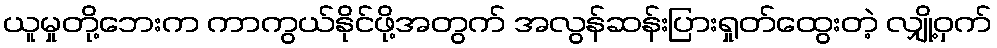
ယူမှုတို့ဘေးက ကာကွယ်နိုင်ဖို့အတွက် အလွန်ဆန်းပြားရှုတ်ထွေးတဲ့ လျှို့ဝှက်